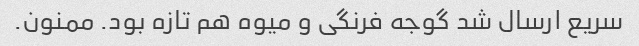
سریع ارسال شد گوجه فرنگی و میوه هم تازه بود. ممنون.